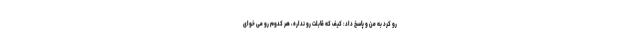
رو کرد به من و پاسخ داد: کیف که قابلت رو نداره، هر کدوم رو می خوای